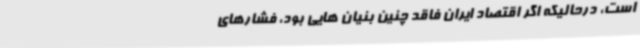
است، درحالیکه اگر اقتصاد ایران فاقد چنین بنیان هایی بود، فشارهای